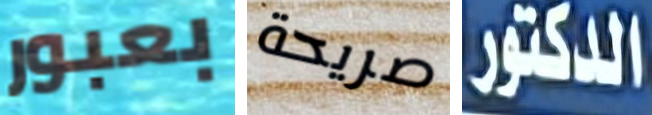
بعبور صريحة الدكتور